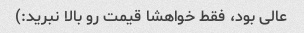
عالی بود، فقط خواهشا قیمت رو بالا نبرید:)